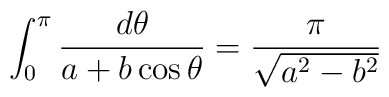
\int_0^{\pi} \frac{d \theta}{a + b\cos\theta } = \frac{\pi}{\sqrt{a^2 - b^2}}